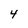
Character: 4